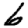
Digit: 6